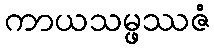
ကာယသမ္ဖဿဇံ